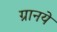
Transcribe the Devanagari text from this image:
ग्रानये